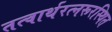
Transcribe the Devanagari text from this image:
तत्वार्थरत्नरूरस्थित